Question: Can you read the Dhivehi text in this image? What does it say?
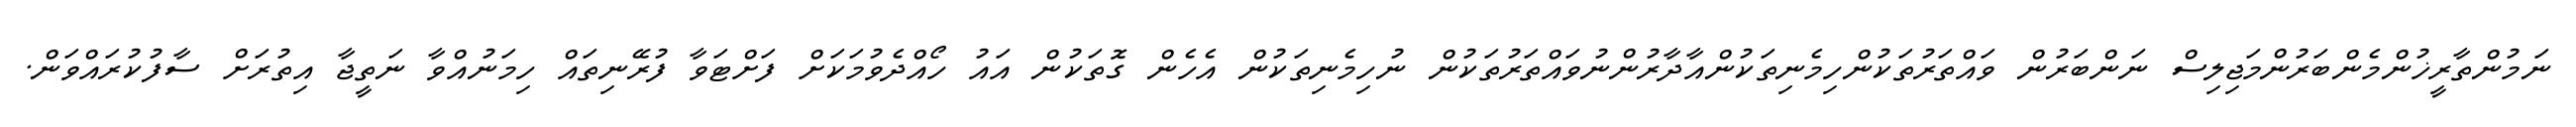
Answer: ނަމުންތާރީޚުންމެންބަރުންމަޖިލިސް ނަންބަރުން ވައްތަރުތަކުންހިމެނިތަކުންއާދާރުންނުވައްތަރުތަކުން ނުހިމެނިތަކުން އެހެން ގޮތަކުން އައު ހޯއްދެވުމަކަށް ފަށްޓަވާ ފުރޭނިތައް ހިމަނުއްވާ ނަތީޖާ އިތުރަށް ސާފުކުރައްވަން.